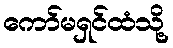
ကော်မရှင်ထံသို့